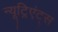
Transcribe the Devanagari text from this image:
न्यूट्रिएंट्स